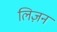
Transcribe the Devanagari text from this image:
लिज़न